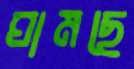
ঘামছে